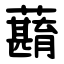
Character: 蘛